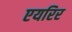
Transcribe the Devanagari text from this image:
एयरिर